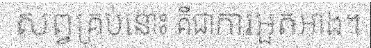
សព្វគ្រប់នោះ គឺជាការអួតអាង។